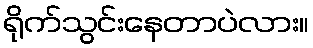
ရိုက်သွင်းနေတာပဲလား။